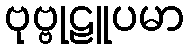
ဗုဗ္ဗုဠူပမာ